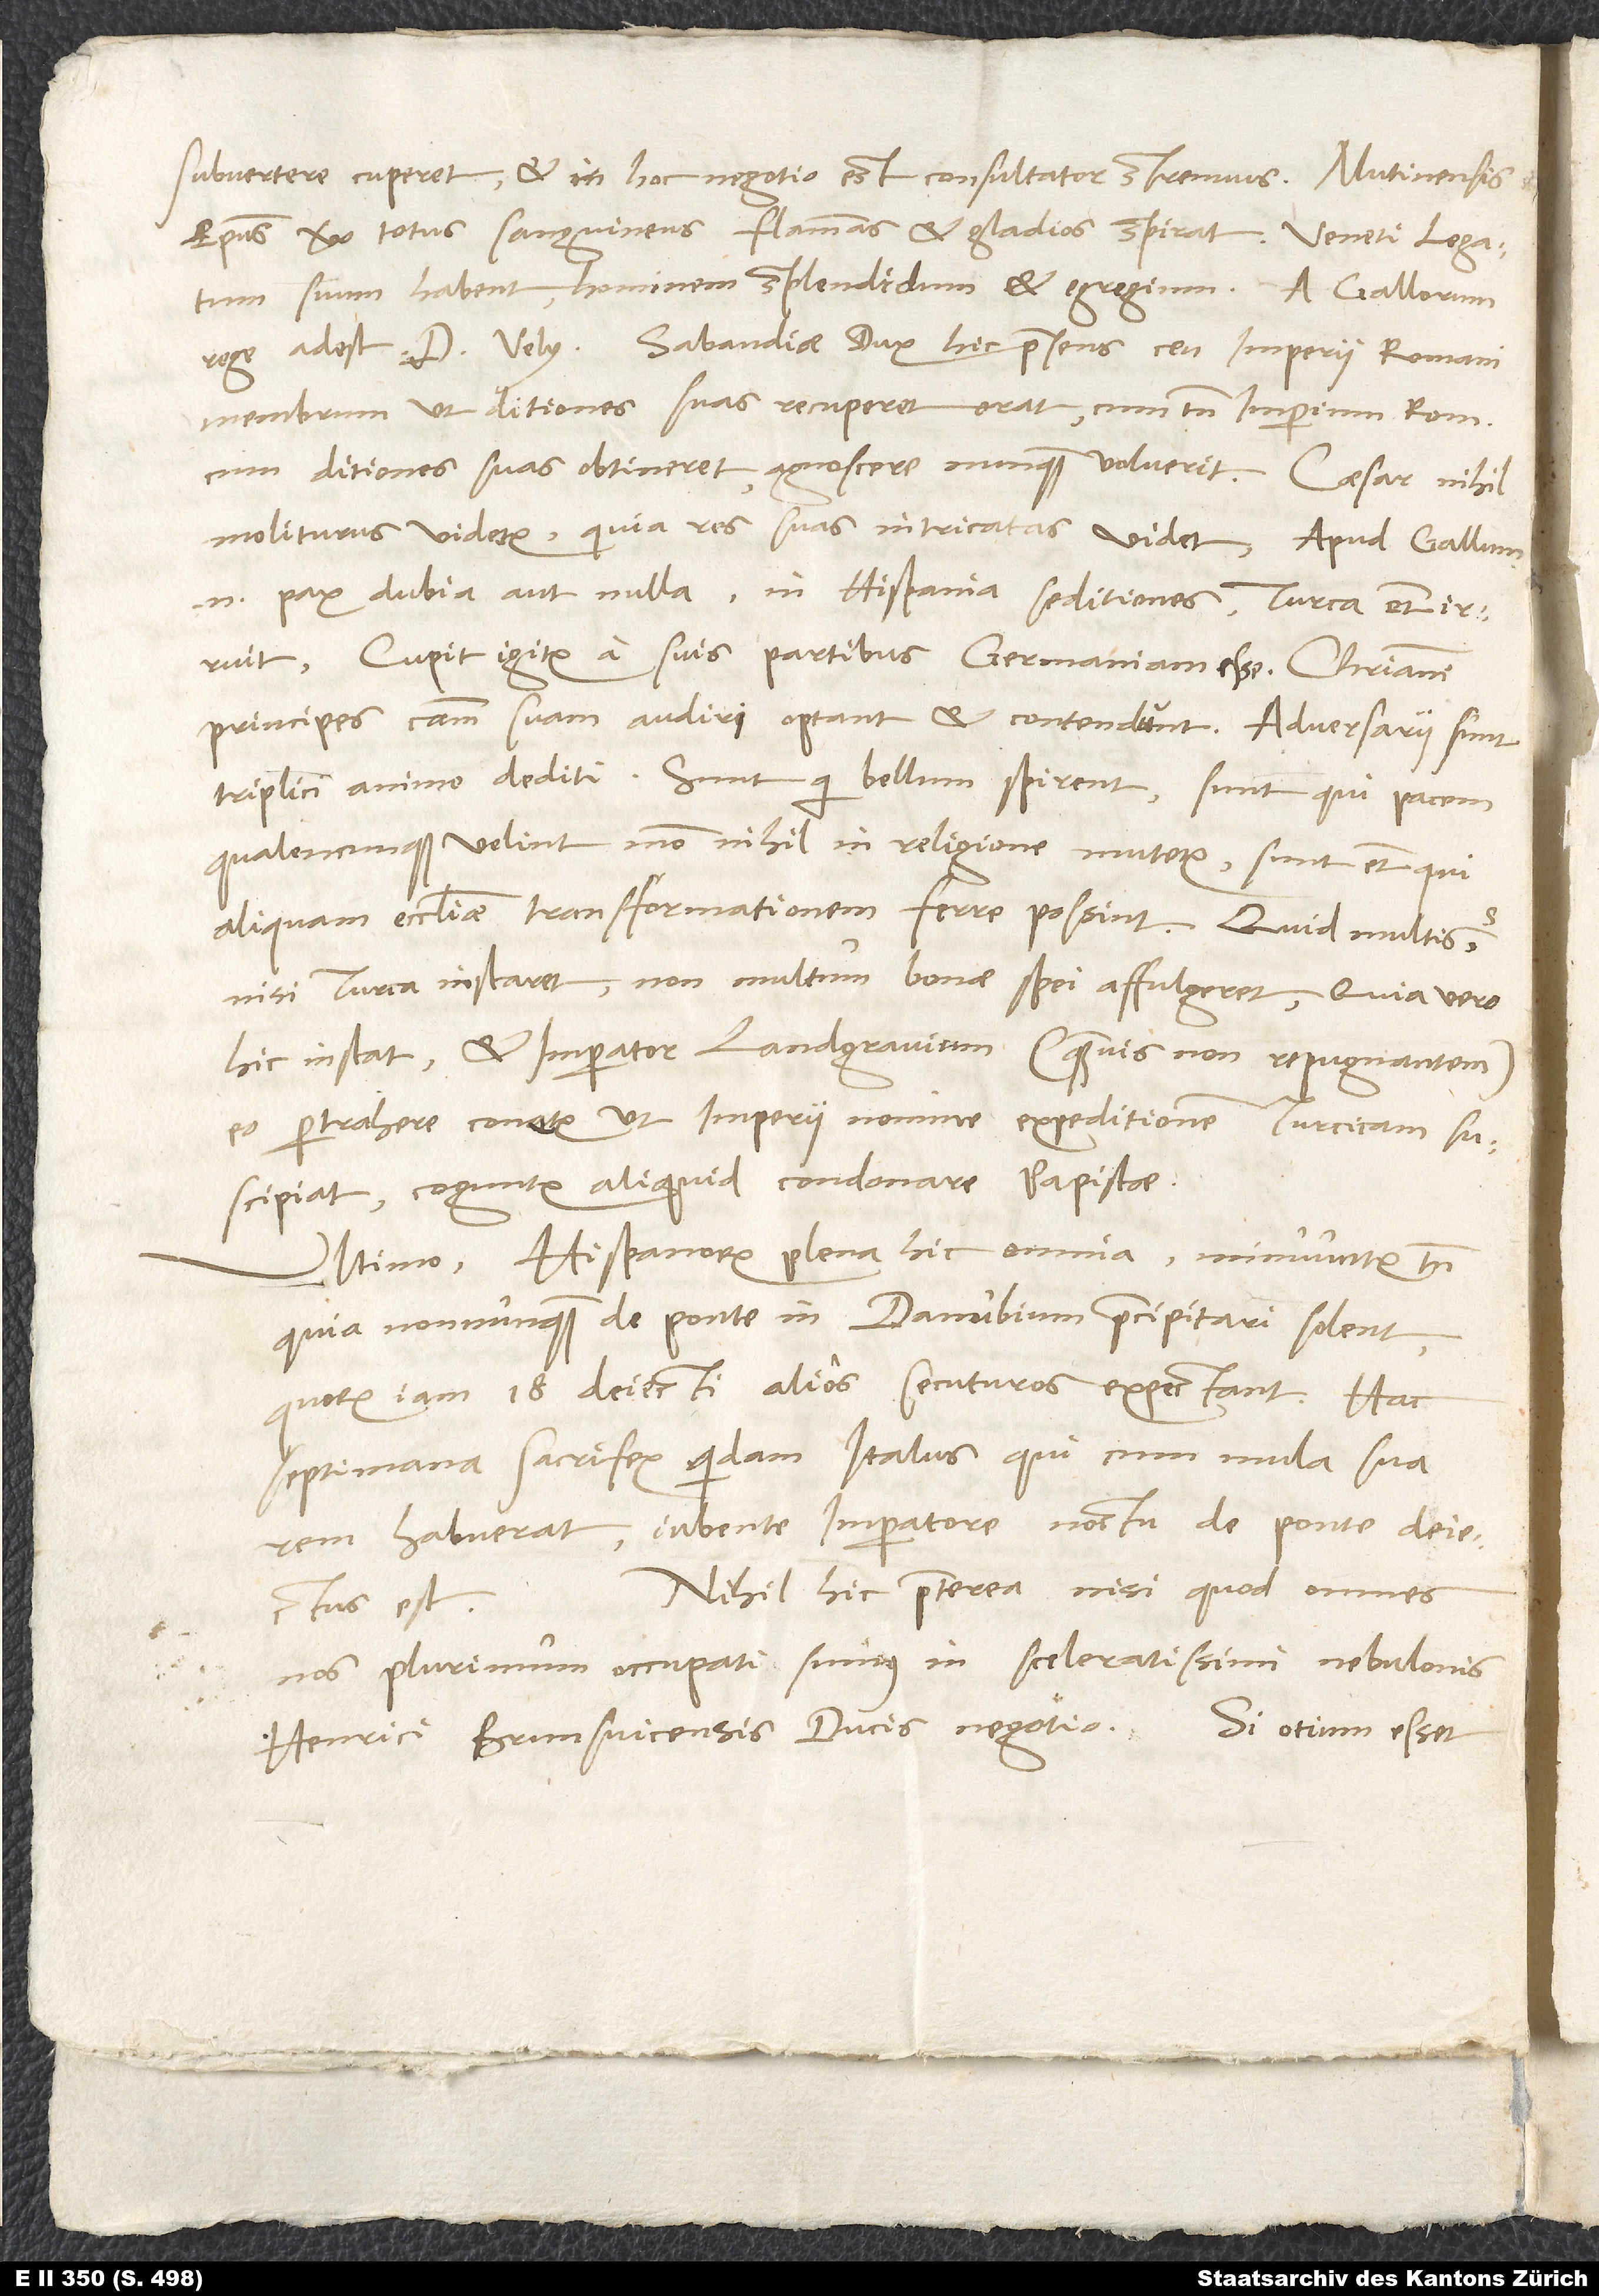
subvertere cuperet, et in hoc negotio est consultator strenuus. Mutinensis
episcopus vero totus sanguineus flammas et gladios spirat. Veneti legatum
suum habent, hominem splendidum et egregium. A Gallorum
rege adest d. Vely. Sabaudiae dux hic praesens ceu imperii Romani
membrum, ut ditiones suas recuperet, orat, cum tamen imperium Romanum,
cum ditiones suas obtineret, agnoscere nunquam voluerit. Caesar nihil
moliturus videtur, quia res suas intricatas videt; apud Gallum
enim pax dubia aut nulla, in Hispania seditiones, Turca etiam irruit.
Cupit igitur a suis partibus Germaniam esse. Christiani
triplici animo dediti: Sunt, qui bellum spirent; sunt, qui pacem
qualencunque velint, modo nihil in religione mutetur; sunt etiam, qui
aliquam ecclesiae transformationem ferre possint. Quid multis?
Nisi Turca instaret, non multum bonae spei affulgeret; quia vero
hic instat et imperator landgravium (quamvis non repugnantem)
eo pertrahere conatur, ut imperii nomine expeditionem Turcicam
suscipiat, coguntur aliquid condonare papistae.
Ultimo Hispanorum plena hic omnia, minuuntur tamen,
quia nonnumquam de ponte in Danubium praecipitari solent,
quorum iam 18 deiecti alios secuturos expectant. Hac
septimana sacrifex quidam Italus, qui cum mula sua
rem habuerat, iubente imperatore noctu de ponte deiectus
Nihil hic praeterea, nisi quod omnes
nos plurimum occupati sumus in sceleratissimi nebulonis
Henrici Brunsvicensis ducis negotio. Si otium esset